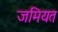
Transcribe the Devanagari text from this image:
जमियत